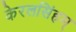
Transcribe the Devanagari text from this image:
केरलसिंहम्